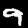
Label: 9